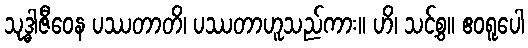
သုဒ္ဓါဇီဝေန ပဿတာတိ၊ ပဿတာဟူသည်ကား။ ဟိ၊ သင့်စွ။ ဧဝရူပေါ